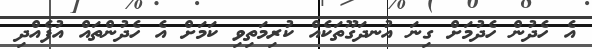
އެ ހެދުން ހެދުމަށް ގިނަ އުނދަގޫތަކެއް ކުރިމަތިވި ކަމަށް އެ ހެދުންތައް އުފެއްދި